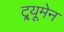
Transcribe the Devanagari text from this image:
ट्र्यूमेन